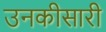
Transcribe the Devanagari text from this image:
उनकीसारी